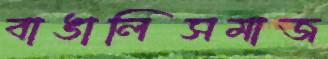
বাঙালিসমাজ